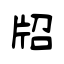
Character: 牊